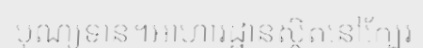
បុណ្យទាន។អាហារដ្ឋានស្ថិតនៅក្បែរ